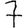
Digit: 7